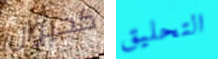
كحيوان التحليق